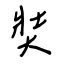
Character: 奘